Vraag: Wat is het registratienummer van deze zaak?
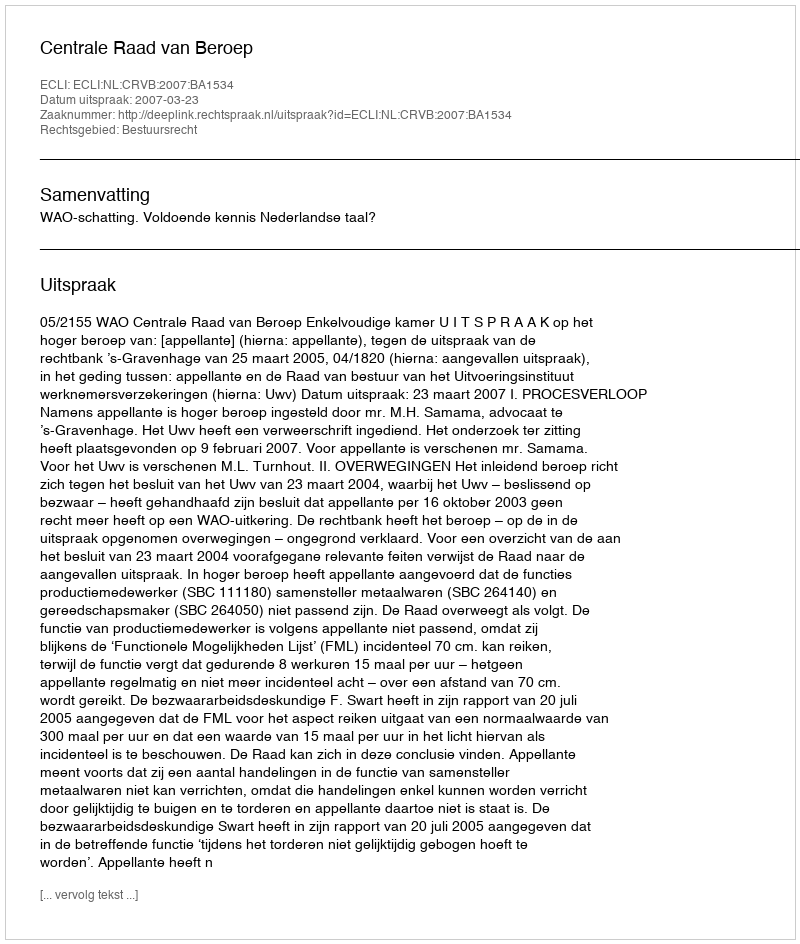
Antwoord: http://deeplink.rechtspraak.nl/uitspraak?id=ECLI:NL:CRVB:2007:BA1534